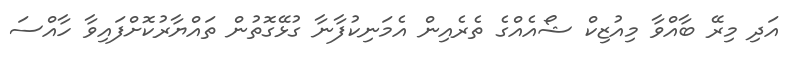
އަދި މިރޭ ބާއްވާ މިއުޒިކް ޝޯއެއްގެ ތެެރެއިން އެމަނިކުފާނާ ގުޅޭގޮތުން ތައްޔާރުކޮށްފައިވާ ހާއްސަ